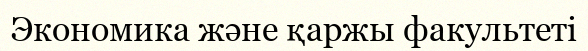
Экономика және қаржы факультеті